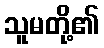
သူမတို့၏